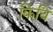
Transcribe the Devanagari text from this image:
किवि